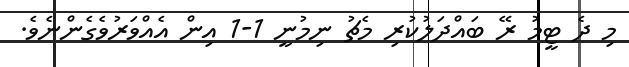
މި ދެ ޓީމު ރޭ ބައްދަލުކުރި މެޗު ނިމުނީ 1-1 އިން އެއްވަރުވެގެންނެވެ.